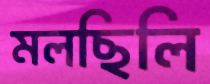
মলছিলি